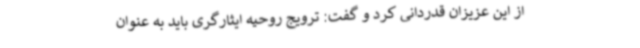
از این عزیزان قدردانی کرد و گفت: ترویج روحیه ایثارگری باید به عنوان